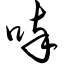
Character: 啐